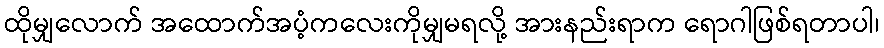
ထိုမျှလောက် အထောက်အပံ့ကလေးကိုမျှမရလို့ အားနည်းရာက ရောဂါဖြစ်ရတာပါ၊